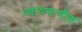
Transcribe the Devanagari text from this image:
न्यायवागीश